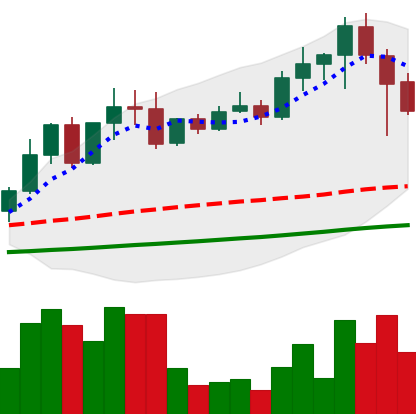
Ticker: EOS-USD
Chart end date: 2021-04-19
Forward return: -23.35%
Label: down_7plus